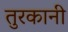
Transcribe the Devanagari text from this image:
तुरकानी